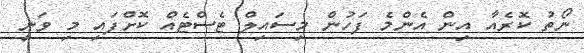
ނޯތު ކޮރެއާ އިން އެންމެ ފަހުން މިސައިލް ޓެސްޓެއް ކޮށްފައި މި ވަނީ